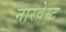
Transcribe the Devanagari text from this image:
नारवेस्ट